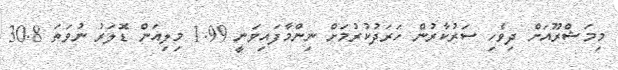
މިމަޝްރޫއަށް ދިވެހި ސަރުކާރުން ހަރަދުކުރުމަށް ނިންމާފައިވަނީ 1.99 މިލިއަން ޑޮލަރު ނުވަތަ 30.8